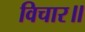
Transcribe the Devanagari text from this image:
विचार॥